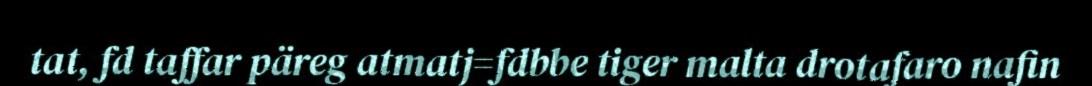
tat, fd taffar päreg atmatj=fdbbe tiger malta drotafaro nafin